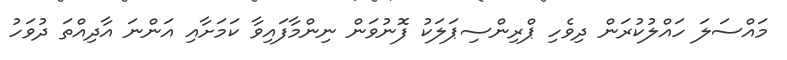
މައްސަލަ ހައްލުކުރަން ދިވެހި ޕްރިންސިޕަލަކު ފޮނުވަން ނިންމާފައިވާ ކަމަށާއި އަންނަ އާދިއްތަ ދުވަހު